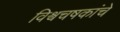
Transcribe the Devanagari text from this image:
विश्वचषकांचे